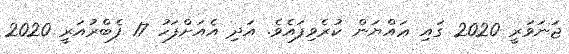
ޖަނަވަރީ 2020 ގައި ޢައްޔަން ކުރެވިފައެވެ. އަދި އެއަށްފަހު 17 ފެބްރުއަރީ 2020